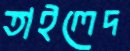
তাইলেদ